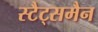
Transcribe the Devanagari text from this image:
स्टैट्समैन